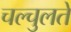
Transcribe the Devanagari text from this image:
चल्चुलते